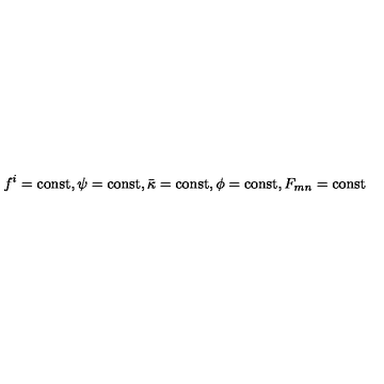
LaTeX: f ^ { i } = \mathrm { c o n s t } , \psi = \mathrm { c o n s t } , \bar { \kappa } = \mathrm { c o n s t } , \phi = \mathrm { c o n s t } , F _ { m n } = \mathrm { c o n s t }